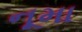
નૂમા